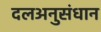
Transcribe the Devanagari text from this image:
दलअनुसंधान